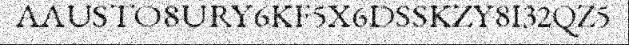
AAUSTO8URY6KF5X6DSSKZY8I32QZ5